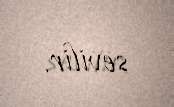
sevilir.